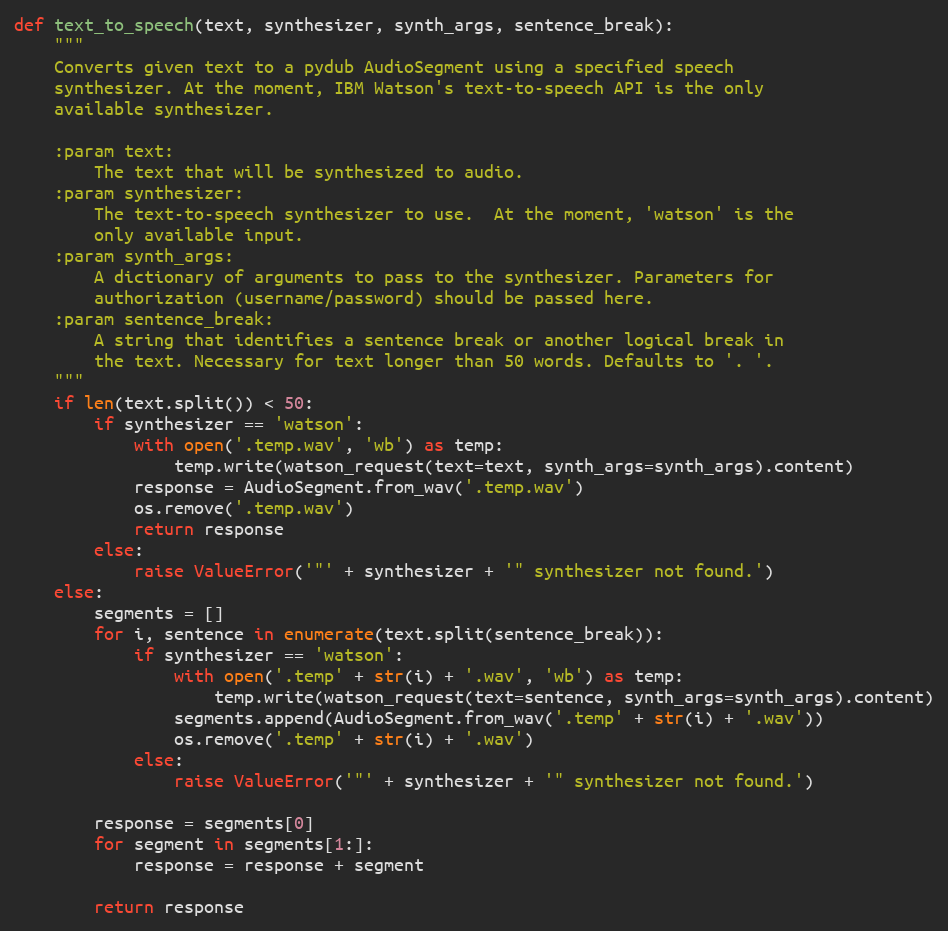
Language: Python
def text_to_speech(text, synthesizer, synth_args, sentence_break):
    """
    Converts given text to a pydub AudioSegment using a specified speech
    synthesizer. At the moment, IBM Watson's text-to-speech API is the only
    available synthesizer.

    :param text:
        The text that will be synthesized to audio.
    :param synthesizer:
        The text-to-speech synthesizer to use.  At the moment, 'watson' is the
        only available input.
    :param synth_args:
        A dictionary of arguments to pass to the synthesizer. Parameters for
        authorization (username/password) should be passed here.
    :param sentence_break:
        A string that identifies a sentence break or another logical break in
        the text. Necessary for text longer than 50 words. Defaults to '. '.
    """
    if len(text.split()) < 50:
        if synthesizer == 'watson':
            with open('.temp.wav', 'wb') as temp:
                temp.write(watson_request(text=text, synth_args=synth_args).content)
            response = AudioSegment.from_wav('.temp.wav')
            os.remove('.temp.wav')
            return response
        else:
            raise ValueError('"' + synthesizer + '" synthesizer not found.')
    else:
        segments = []
        for i, sentence in enumerate(text.split(sentence_break)):
            if synthesizer == 'watson':
                with open('.temp' + str(i) + '.wav', 'wb') as temp:
                    temp.write(watson_request(text=sentence, synth_args=synth_args).content)
                segments.append(AudioSegment.from_wav('.temp' + str(i) + '.wav'))
                os.remove('.temp' + str(i) + '.wav')
            else:
                raise ValueError('"' + synthesizer + '" synthesizer not found.')

        response = segments[0]
        for segment in segments[1:]:
            response = response + segment

        return response